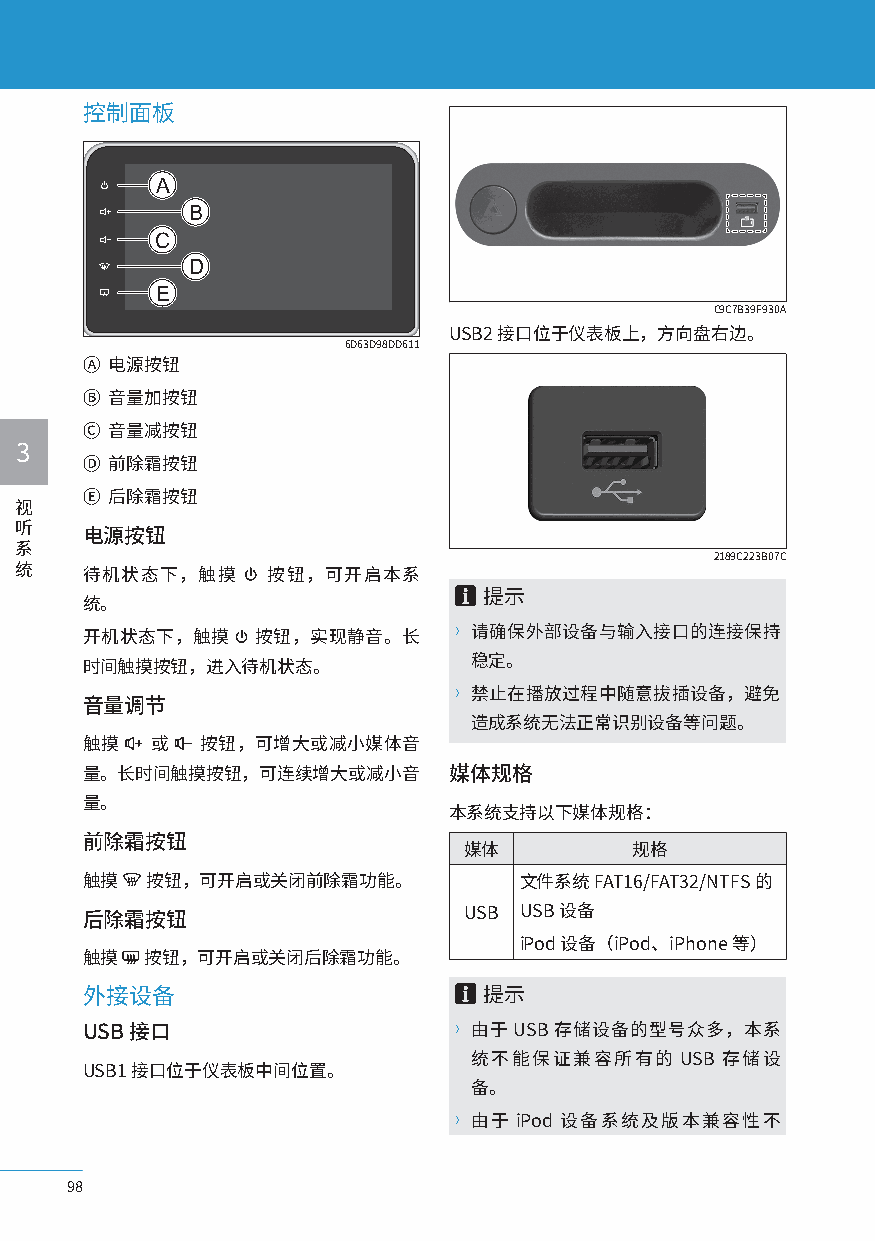
控制面板
 A
 B
 C
 D
 E
 C9C7B39F930A
 USB2接口位于仪表板上，方向盘右边。
 6D63D98DD611
 Ⓐ 电源按钮
 Ⓑ 音量加按钮
 Ⓒ 音量减按钮
 3
 Ⓓ 前除霜按钮
 Ⓔ 后除霜按钮
 视
 听
 电源按钮
 系
 2189C223B07C
 统   待机状态下，触摸    按钮，可开启本系
 提示
 统。
 开机状态下，触摸    按钮，实现静音。长    〉请确保外部设备与输入接口的连接保持
 时间触摸按钮，进入待机状态。            稳定。
 〉禁止在播放过程中随意拔插设备，避免
 音量调节
 造成系统无法正常识别设备等问题。
 触摸   或  按钮，可增大或减小媒体音
 量。长时间触摸按钮，可连续增大或减小音      媒体规格
 量。
 本系统支持以下媒体规格：
 前除霜按钮
 媒体          规格
 触摸   按钮，可开启或关闭前除霜功能。         文件系统FAT16/FAT32/NTFS的
 后除霜按钮                     USB USB设备
 iPod设备（iPod、iPhone等）
 触摸  按钮，可开启或关闭后除霜功能。
 外接设备                       提示
 USB接口                    〉由于USB存储设备的型号众多，本系
 统不能保证兼容所有的    USB 存储设
 USB1接口位于仪表板中间位置。
 备。
 〉由于 iPod 设备系统及版本兼容性不
 98